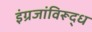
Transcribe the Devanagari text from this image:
इंग्रजांविरूद्ध